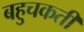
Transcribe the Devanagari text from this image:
बहुचकती